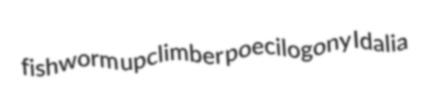
fishworm upclimber poecilogony Idalia